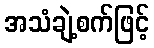
အသံချဲ့စက်ဖြင့်